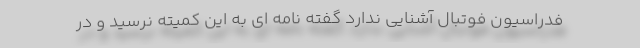
فدراسیون فوتبال آشنایی ندارد گفته نامه ای به این کمیته نرسید و در